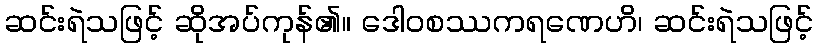
ဆင်းရဲသဖြင့် ဆိုအပ်ကုန်၏။ ဒေါဝစဿကရဏေဟိ၊ ဆင်းရဲသဖြင့်